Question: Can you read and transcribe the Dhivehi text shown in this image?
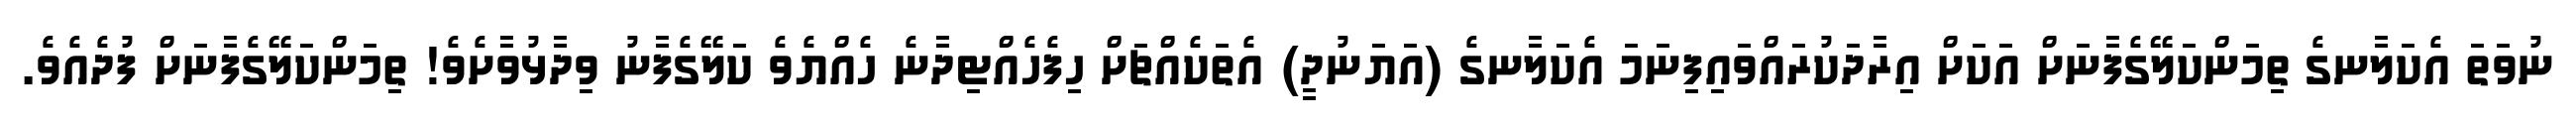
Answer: ނުވަތަ އެކަލާނގެ ތިމަންކަލޭގެފާނަށް އަކަށް އިރާދަކުރައްވައިފިނަމަ އެކަލާނގެ (އަޔަނުދީ) އެތަކެއްޗަށް ހިފެހެއްޓިދާނެ ހެއްޔެވެ ކަލޭގެފާނު ވިދާޅުވާށެވެ! ތިމަންކަލޭގެފާނަށް ފުދެއެވެ.